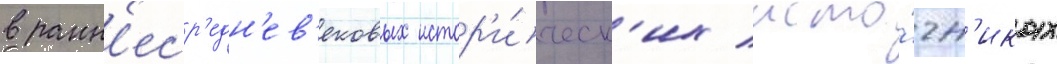
в ранн'еср'едн'ев'ековых истор'и́ческ'их исто́чн'иках